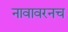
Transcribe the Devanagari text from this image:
नावावरनच